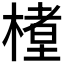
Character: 𬄊